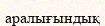
аралығындық